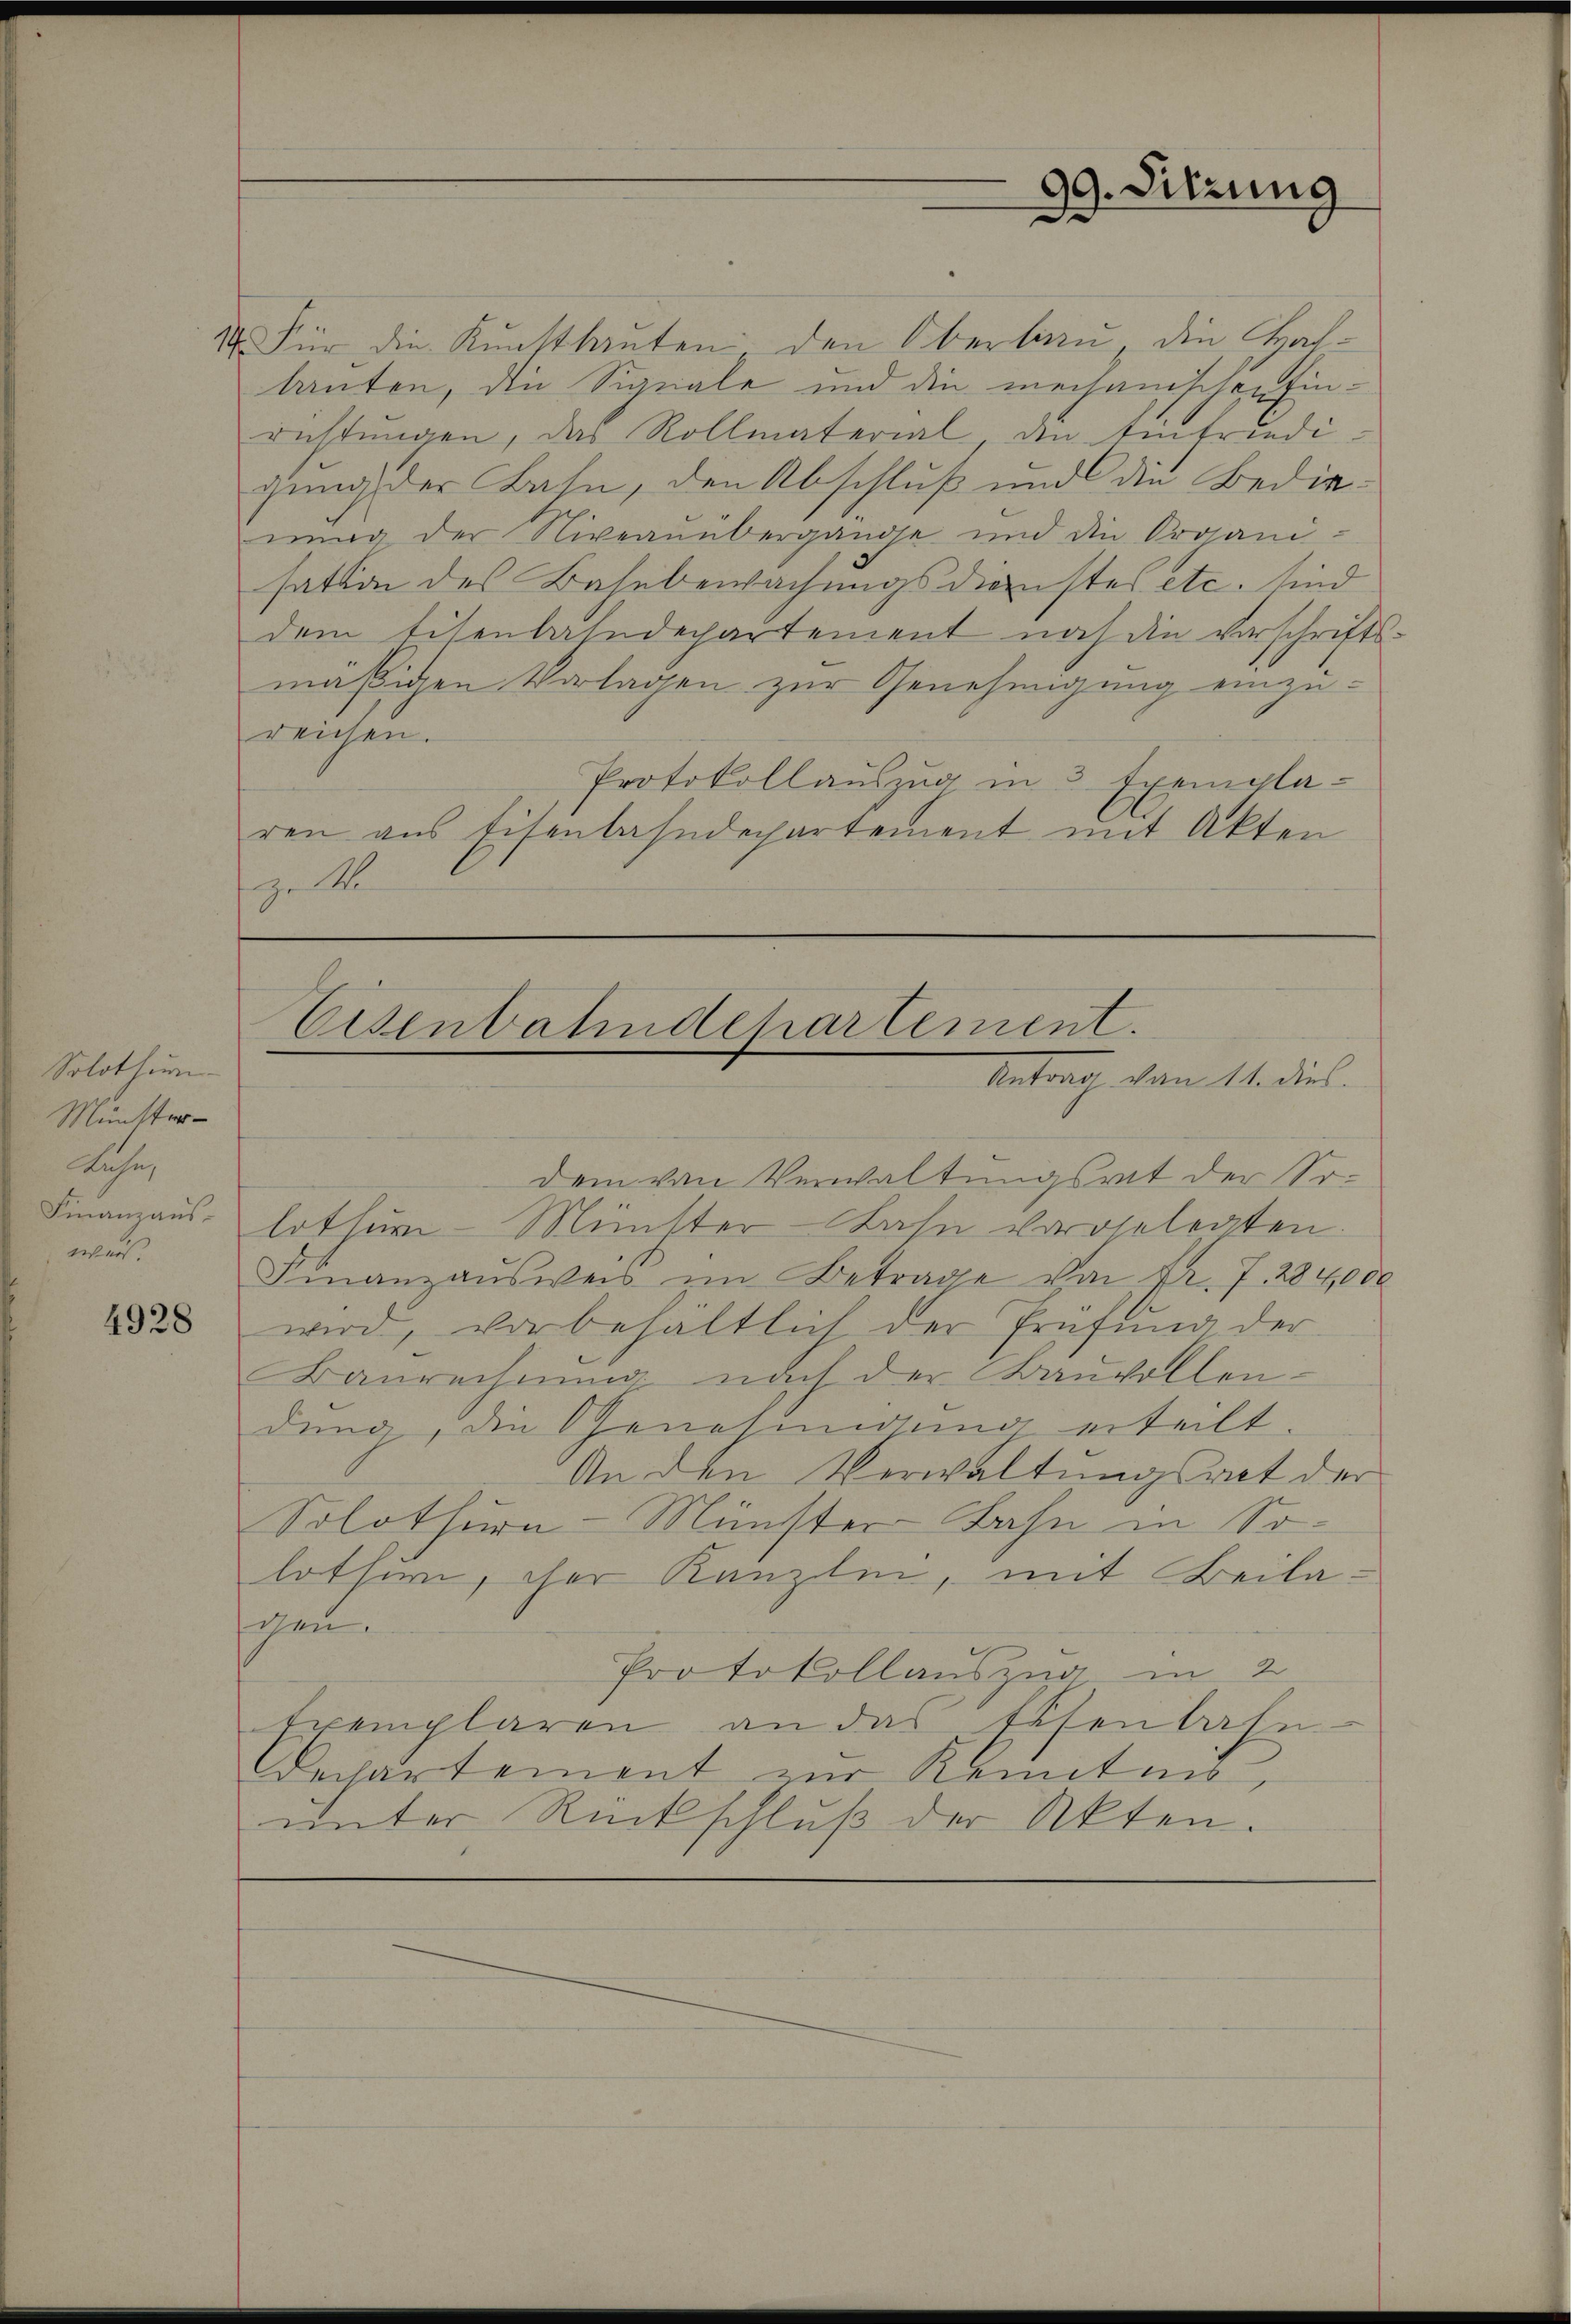
Solothur
Münster
Rahn,
Finanzausward.

4928

99. Sitzung

1. Für die Kunstbauten den Oberlieu, die Hallauten, die Signale und die mechanischen Einrichtungen, das Rollmaterial den Einfriedigung der Bahn, den Abschluß und die Bedinnung der Niveauübergange und die Organi-
sation des Bahnbewachungsdienstes etc. sind
dem Eisenbahndepartement noch die verschrifts-
mäßigen Vorlagen zur Genehmigung einzu-
reichen.
Protokollauszug in 3 Exemplaren aus Eisenbahndepartement mit Akten
ze S

Eisenbahndepartement.
Antrag vom 14. dies

dem von Verwaltungsrat der So-
lothur Münster-Bahn vorgelegten.
Finanzausweis im Betrage von Fr. 7. 284,000
wird, vorbehältlich der Prüfŭng der
Baurechnŭng nach der Bauvollen-
dung, die Genehmigung erteilt.
An den Verwaltungsrat der
Solothurn-Münster Bahn in Solother, der Kanzlin, mit Beilagen.
Protokollauszug in 2
Exemplaren an das Eisenbahn-
Dechartement zur Kenntnis
unter Rückschluß der Akten.